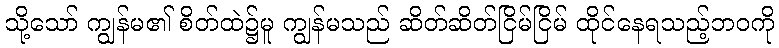
သို့သော် ကျွန်မ၏ စိတ်ထဲ၌မူ ကျွန်မသည် ဆိတ်ဆိတ်ငြိမ်ငြိမ် ထိုင်နေရသည့်ဘဝကို